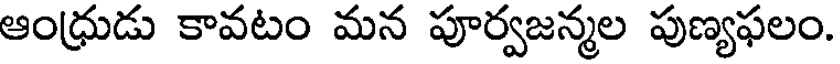
ఆంధ్రుడు కావటం మన పూర్వజన్మల పుణ్యఫలం.